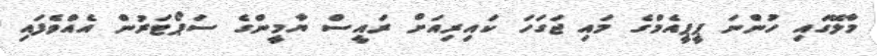
މާލޭގައި ހުންނަ ޕީޕީއެމްގެ މައި ޖަގަހަ ކައިރިއަށް ރައީސް ޔާމީންގެ ސަޕޯޓަރުން އެއްވެފައި